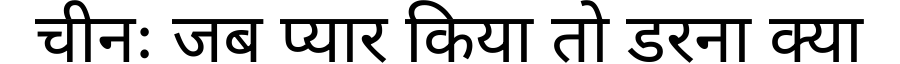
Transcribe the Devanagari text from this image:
चीनः जब प्यार किया तो डरना क्या